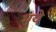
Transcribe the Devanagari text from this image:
भुये